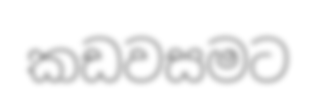
කඩවසමට